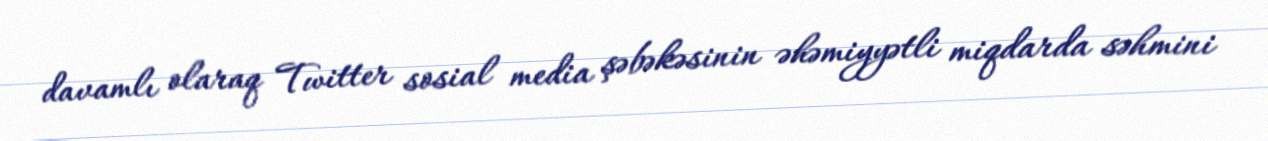
davamlı olaraq Twitter sosial media şəbəkəsinin əhəmiyyətli miqdarda səhmini